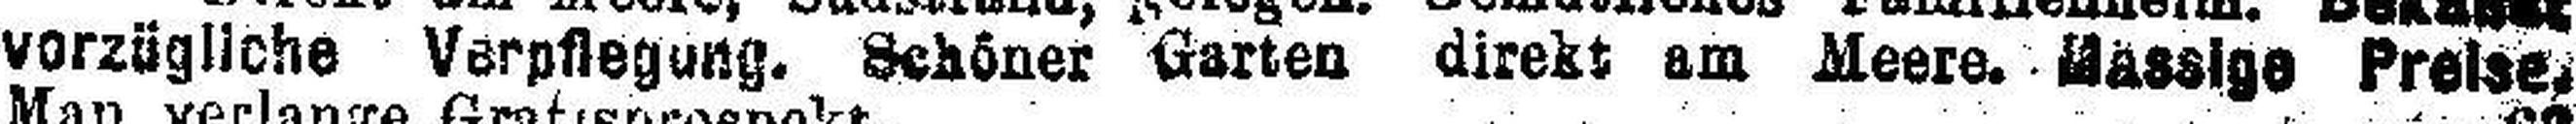
vorzügliche Verpflegung. Schöner Garten direkt am Meere, Massige Preise.